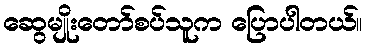
ဆွေမျိုးတော်စပ်သူက ပြောပါတယ်။